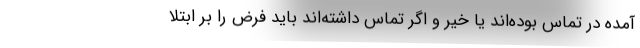
آمده در تماس بوده‌اند یا خیر و اگر تماس داشته‌اند باید فرض را بر ابتلا